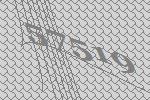
57519